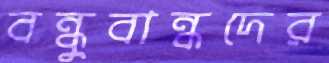
বন্ধুবান্ধদের